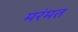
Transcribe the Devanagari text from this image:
मरंमत